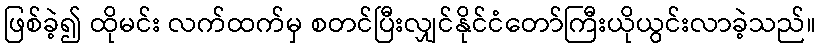
ဖြစ်ခဲ့၍ ထိုမင်း လက်ထက်မှ စတင်ပြီးလျှင်နိုင်ငံတော်ကြီးယိုယွင်းလာခဲ့သည်။